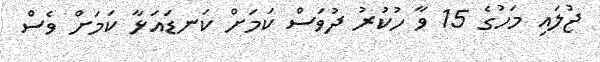
ޖުލައި މަހުގެ 15 ވާ ހުކުރު ދުވަސް ކަމަށް ކަނޑައަޅާ ކަމަށް ވެސް